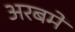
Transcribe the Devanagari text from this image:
अरबमें